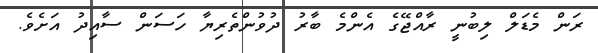
ރަން މެޑަލް ލިބުނީ ރާއްޖޭގެ އެންމެ ބާރު ދުވުންތެރިޔާ ހަސަން ސާއިދު އަށެވެ.